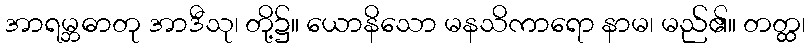
အာရမ္ဘဓာတု အာဒီသု၊ တို့၌။ ယောနိသော မနသိကာရော နာမ၊ မည်၏။ တတ္ထ၊